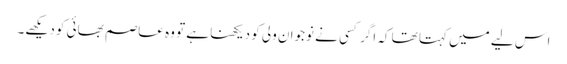
اس لیے میں کہتا تھا کہ اگر کسی نے نوجوان ولی کو دیکھنا ہے تو وہ عاصم بھائی کو دیکھے۔